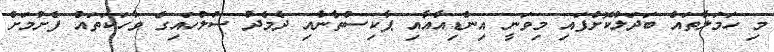
މި ހަމަލާތައް ބަދަލުކޮށްފައި މިވަނީ އިންޑިއާއާއި ޕާކިސްތާނާއި ދެމެދު ސުލްހައިގެ ވާހަކަތައް ފެށުމަށް